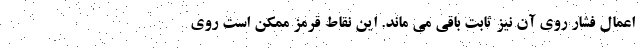
اعمال فشار روی آن نیز ثابت باقی می ماند. این نقاط قرمز ممکن است روی